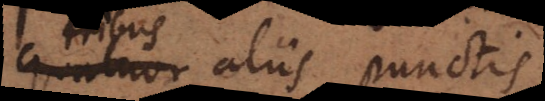
aliis punctis